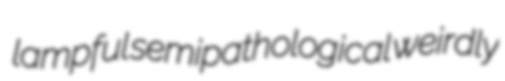
lampful semipathological weirdly